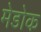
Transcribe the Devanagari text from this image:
मेडोक